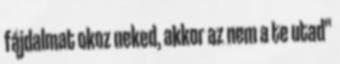
fájdalmat okoz neked, akkor az nem a te utad"